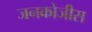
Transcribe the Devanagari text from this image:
जनकोजीस